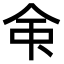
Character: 𫝇